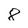
Character: 8